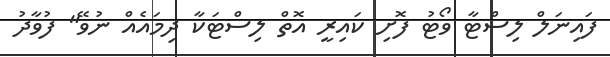
ފައިނަލް ލިސްޓާ ވޯޓު ފޮށި ކައިރީ އޮތް ލިސްޓަކާ ދިމައެއް ނުވޭ" ފުވާދު